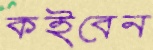
কইবেন